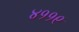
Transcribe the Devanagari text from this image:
४११९